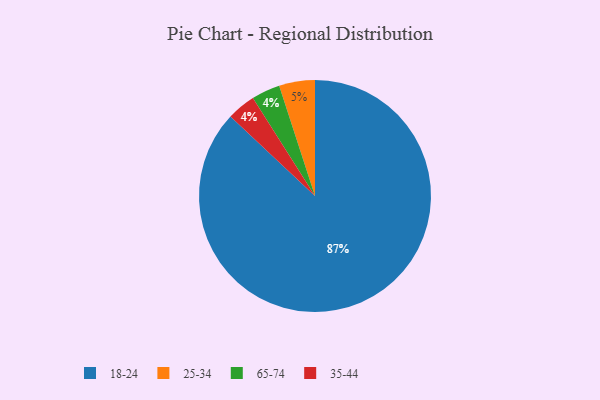
{"axis": {"x": "Category", "y": "Percentage"}, "legend": ["18-24", "25-34", "35-44", "65-74"], "data": [{"x": "65-74", "y": 4, "type": "65-74"}, {"x": "25-34", "y": 5, "type": "25-34"}, {"x": "18-24", "y": 87, "type": "18-24"}, {"x": "35-44", "y": 4, "type": "35-44"}]}